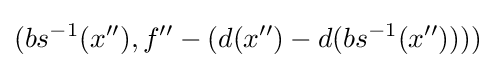
(bs^{-1}(x''),f''-(d(x'')-d(bs^{-1}(x''))))